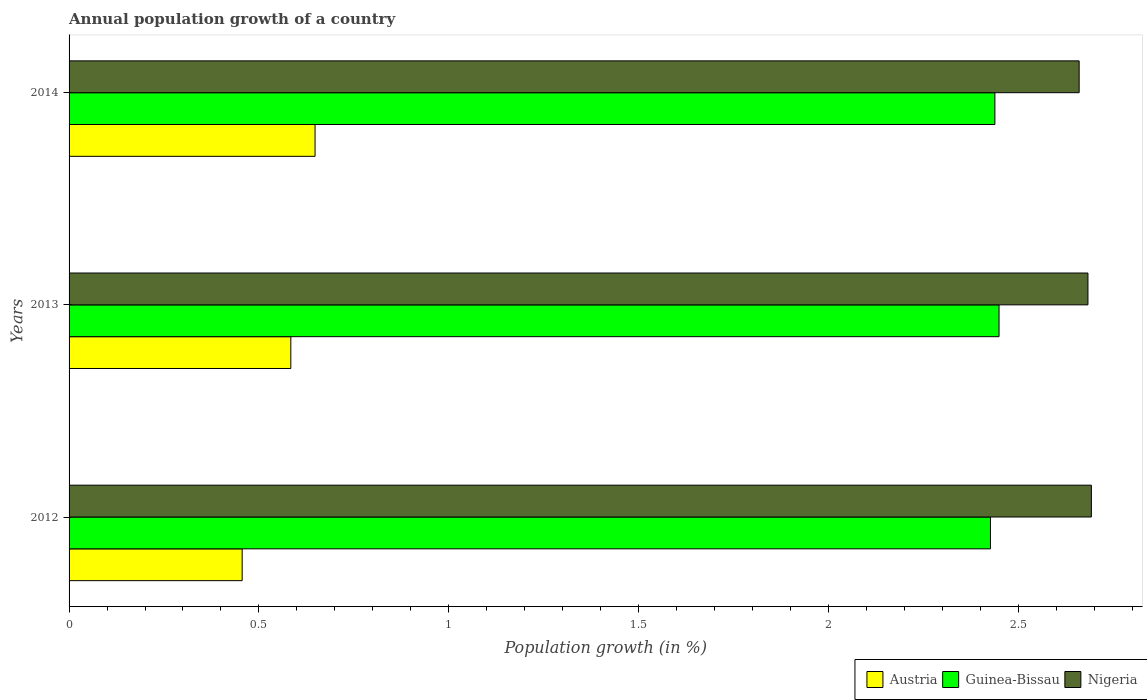
| Years | Austria | Guinea-Bissau | Nigeria |
 | --- | --- | --- | --- |
 | 2012 | 0.456 | 2.43 | 2.69 |
 | 2013 | 0.584 | 2.45 | 2.68 |
 | 2014 | 0.648 | 2.44 | 2.66 |